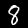
Digit: 8